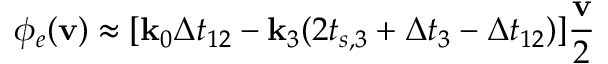
\phi _ { e } ( \mathbf { v } ) \approx [ \mathbf { k } _ { 0 } \Delta t _ { 1 2 } - \mathbf { k } _ { 3 } ( 2 t _ { s , 3 } + \Delta t _ { 3 } - \Delta t _ { 1 2 } ) ] \frac { \mathbf { v } } { 2 }